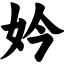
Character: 妗